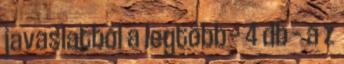
javaslatból a legtöbb – 4 db – a z